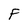
Character: F